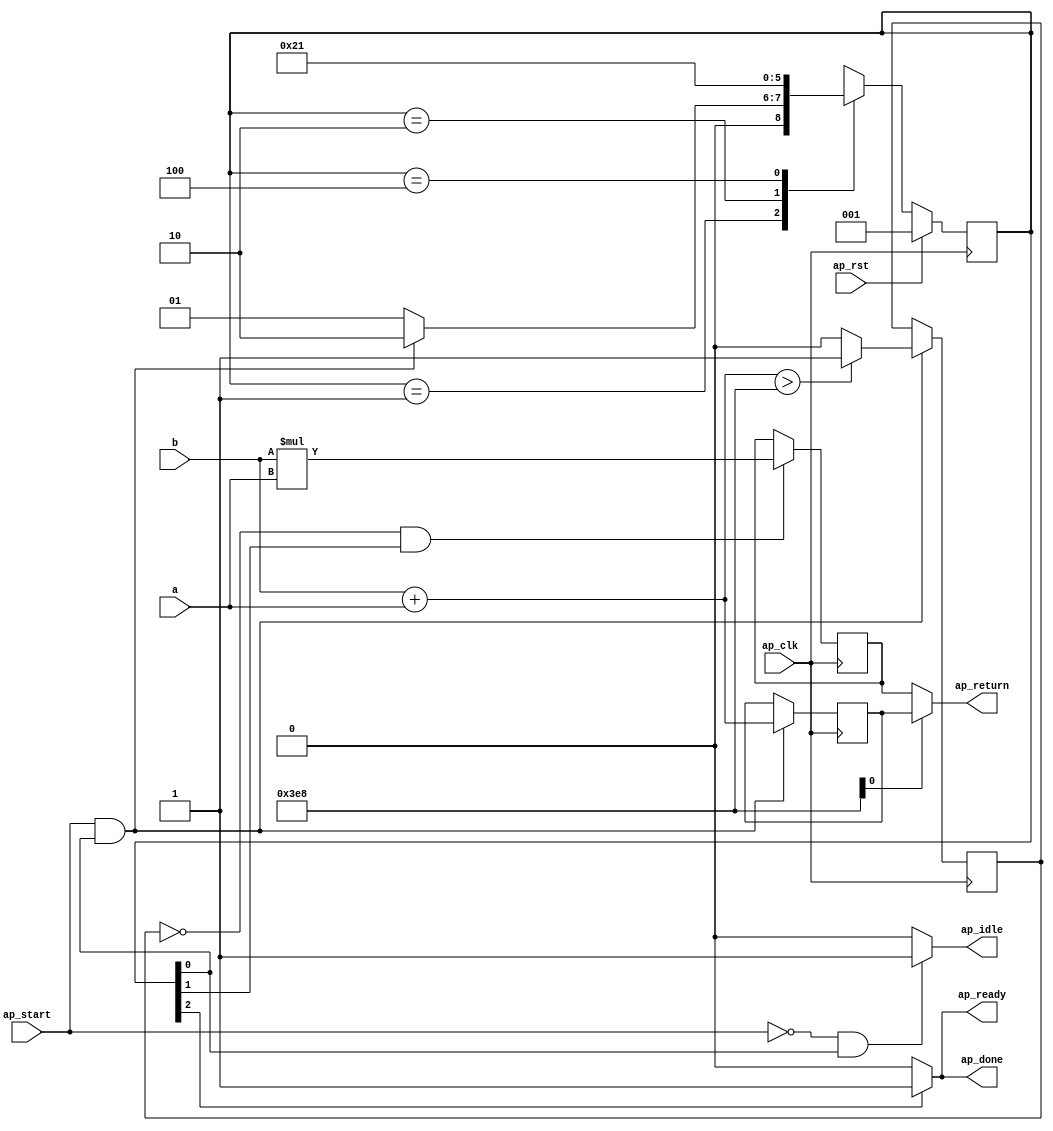
module calculate_1 (
        ap_clk,
        ap_rst,
        ap_start,
        ap_done,
        ap_idle,
        ap_ready,
        a,
        b,
        ap_return
);

parameter    ap_ST_fsm_state1 = 3'd1;
parameter    ap_ST_fsm_state2 = 3'd2;
parameter    ap_ST_fsm_state3 = 3'd4;

input   ap_clk;
input   ap_rst;
input   ap_start;
output   ap_done;
output   ap_idle;
output   ap_ready;
input  [31:0] a;
input  [31:0] b;
output  [31:0] ap_return;

reg ap_done;
reg ap_idle;
reg ap_ready;

(* fsm_encoding = "none" *) reg   [2:0] ap_CS_fsm;
wire    ap_CS_fsm_state1;
wire   [31:0] value_fu_28_p2;
reg   [31:0] value_reg_59;
wire   [0:0] tmp_fu_34_p2;
reg   [0:0] tmp_reg_64;
wire   [31:0] tmp_1_fu_40_p2;
reg   [31:0] tmp_1_reg_69;
wire    ap_CS_fsm_state2;
wire  signed [31:0] value_fu_28_p0;
wire  signed [31:0] value_fu_28_p1;
wire  signed [31:0] tmp_1_fu_40_p0;
wire  signed [31:0] tmp_1_fu_40_p1;
wire    ap_CS_fsm_state3;
reg   [2:0] ap_NS_fsm;

// power-on initialization
initial begin
#0 ap_CS_fsm = 3'd1;
end

always @ (posedge ap_clk) begin
    if (ap_rst == 1'b1) begin
        ap_CS_fsm <= ap_ST_fsm_state1;
    end else begin
        ap_CS_fsm <= ap_NS_fsm;
    end
end

always @ (posedge ap_clk) begin
    if (((tmp_reg_64 == 1'd0) & (1'b1 == ap_CS_fsm_state2))) begin
        tmp_1_reg_69 <= tmp_1_fu_40_p2;
    end
end

always @ (posedge ap_clk) begin
    if (((ap_start == 1'b1) & (1'b1 == ap_CS_fsm_state1))) begin
        tmp_reg_64 <= tmp_fu_34_p2;
        value_reg_59 <= value_fu_28_p2;
    end
end

always @ (*) begin
    if ((1'b1 == ap_CS_fsm_state3)) begin
        ap_done = 1'b1;
    end else begin
        ap_done = 1'b0;
    end
end

always @ (*) begin
    if (((ap_start == 1'b0) & (1'b1 == ap_CS_fsm_state1))) begin
        ap_idle = 1'b1;
    end else begin
        ap_idle = 1'b0;
    end
end

always @ (*) begin
    if ((1'b1 == ap_CS_fsm_state3)) begin
        ap_ready = 1'b1;
    end else begin
        ap_ready = 1'b0;
    end
end

always @ (*) begin
    case (ap_CS_fsm)
        ap_ST_fsm_state1 : begin
            if (((ap_start == 1'b1) & (1'b1 == ap_CS_fsm_state1))) begin
                ap_NS_fsm = ap_ST_fsm_state2;
            end else begin
                ap_NS_fsm = ap_ST_fsm_state1;
            end
        end
        ap_ST_fsm_state2 : begin
            ap_NS_fsm = ap_ST_fsm_state3;
        end
        ap_ST_fsm_state3 : begin
            ap_NS_fsm = ap_ST_fsm_state1;
        end
        default : begin
            ap_NS_fsm = 'bx;
        end
    endcase
end

assign ap_CS_fsm_state1 = ap_CS_fsm[32'd0];

assign ap_CS_fsm_state2 = ap_CS_fsm[32'd1];

assign ap_CS_fsm_state3 = ap_CS_fsm[32'd2];

assign ap_return = ((tmp_reg_64_temp1) ? value_reg_59 : tmp_1_reg_69);

assign tmp_reg_64_temp1 = tmp_reg_64_temp & 1'd1;

assign tmp_1_fu_40_p0 = b;

assign tmp_1_fu_40_p1 = a;

assign tmp_1_fu_40_p2 = ($signed(tmp_1_fu_40_p0) * $signed(tmp_1_fu_40_p1));

assign tmp_fu_34_p2 = (($signed(value_fu_28_p2) > $signed(32'd1000)) ? 1'b1 : 1'b0);

assign value_fu_28_p0 = b;

assign value_fu_28_p1 = a;

assign value_fu_28_p2 = ($signed(value_fu_28_p0) + $signed(value_fu_28_p1));

endmodule